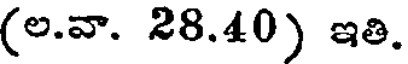
(ల.వా. 28.40) ఇతి.